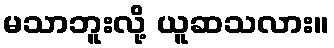
မသာဘူးလို့ ယူဆသလား။